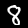
Label: 8